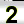
Digit: 2